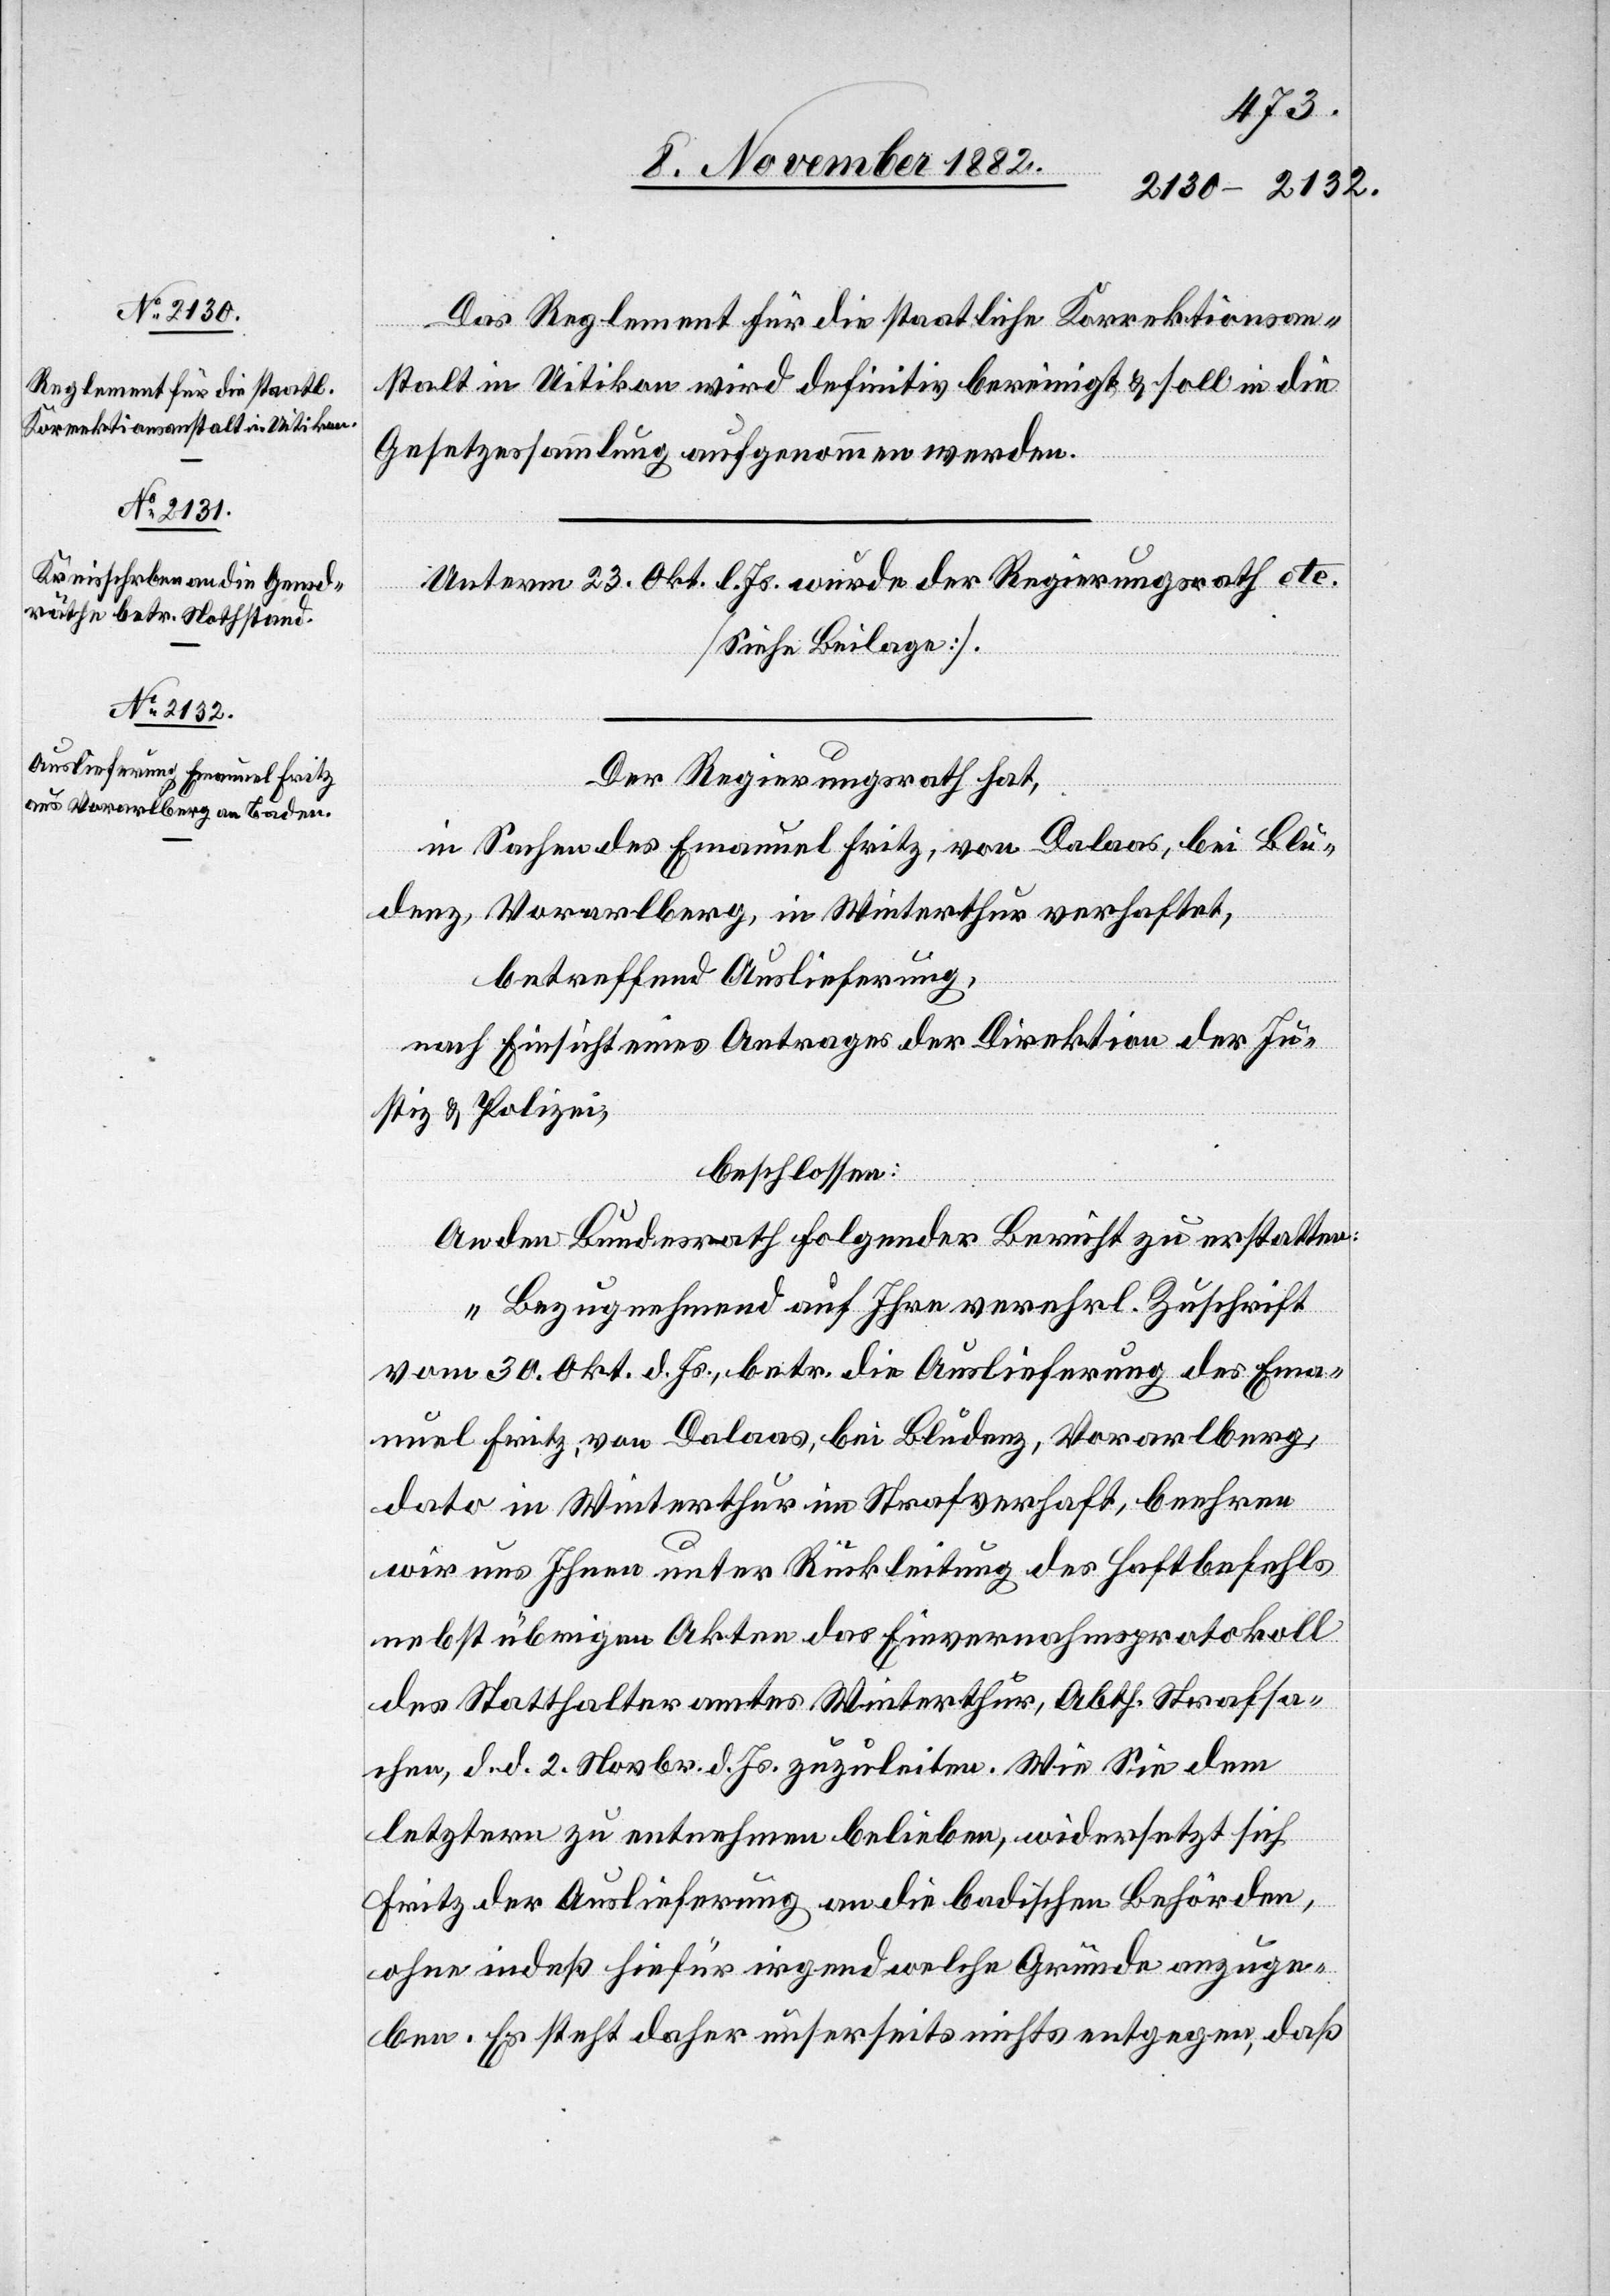
Das Reglement für die staatliche Korrektionsan¬
stalt in Uitikon wird definitiv bereinigt & soll in die
Gesetzessammlung aufgenommen werden.
Unterm 23. Okt. l. Js. wurde er Regierungsrath etc.
[siehe Beilage].
Der Regierungsrath hat,
in Sachen des Emanuel Fritz, von Dalaas, bei Blu¬
denz, Vorarlberg, in Winterthur verhaftet,
betreffend Auslieferung,
nach Einsicht eines Antrages der Direktion der Ju¬
stiz & Polizei,
beschlossen:
An den Bundesrath folgender [recte: folgenden]
„Bezugnehmend auf Ihre verehrl. Zuschrift
vom 30. Okt. d. Js., betr. die Auslieferung des Ema¬
nuel Fritz, von Dalaas, bei Bludenz, Vorarlberg,
dato in Winterthur im Strafverhaft, beehren
wir uns Ihnen unter Rückleitung des Haftbefehls
nebst übrigen Akten das Einvernahmsprotokoll
des Statthalteramtes Winterthur, Abth. Strafsa¬
chen, d. d. 2. Novbr. d. Js. zuzuleiten. Wie Sie dem
letztern zu entnehmen belieben, widersetzt sich
Fritz der Auslieferung an die badischen Behörden,
ohne indeß hiefür irgendwelche Gründe anzuge¬
ben. Es steht daher unserseits nichts entgegen, daß